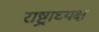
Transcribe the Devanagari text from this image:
राष्ट्राघ्यक्ष